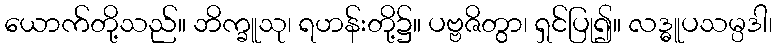
ယောက်တို့သည်။ ဘိက္ခူသု၊ ရဟန်းတို့၌။ ပဗ္ဗဇိတွာ၊ ရှင်ပြု၍။ လဒ္ဓူပသမ္ပဒါ၊